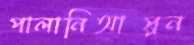
পালানিআপ্পন